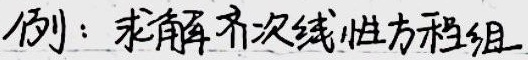
例：求解齐次线性方程组